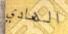
الهادي